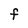
Character: F